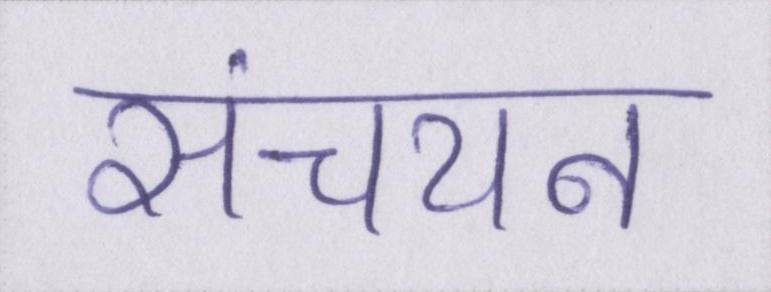
संचयन